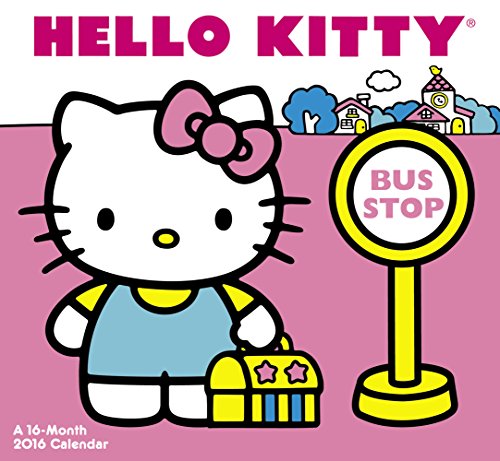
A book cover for Hello Kitty  Mini Wall Calendar (2016); Day Dream; Calendars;